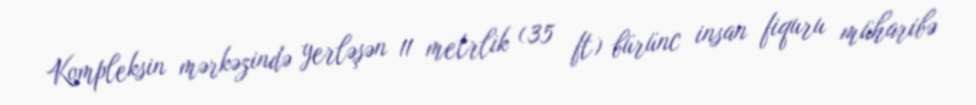
Kompleksin mərkəzində yerləşən 11 metrlik (35 ft) bürünc insan fiquru müharibə